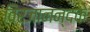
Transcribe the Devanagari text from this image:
विरजानन्दके